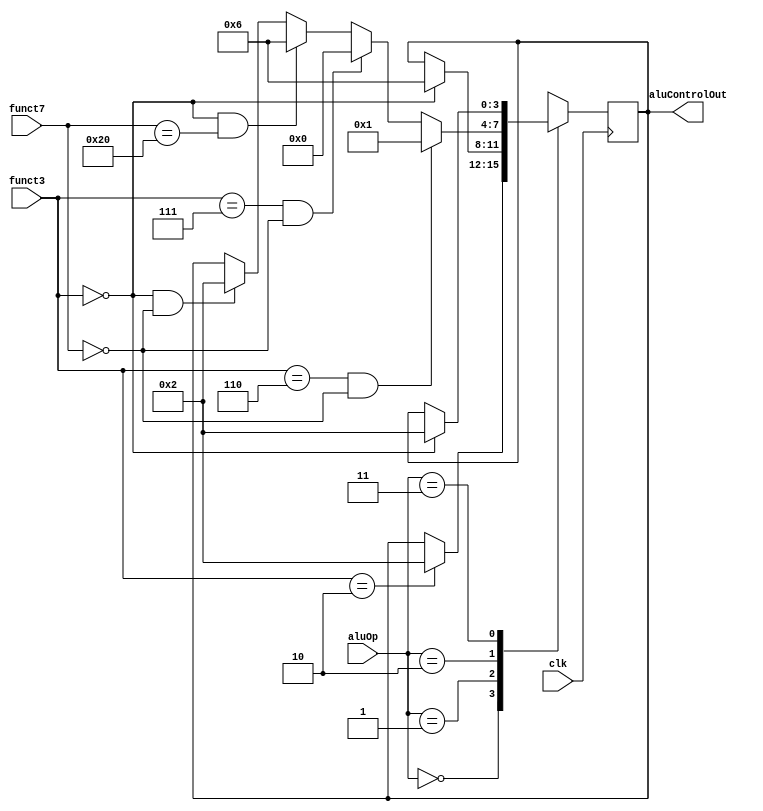
module aluControl(
    input wire clk,
    input wire [6:0] funct7,
    input wire [2:0] funct3,
    input wire [1:0] aluOp,
    output reg [3:0] aluControlOut
);
    always @(posedge clk) begin
        case (aluOp)
            2'b00: begin
                if (funct3 == 3'b010) begin
                    aluControlOut = 4'b0010;
                end
            end
            2'b01: begin
                if(funct3 == 3'b000) begin
                    aluControlOut = 4'b0110;
                end
            end
            2'b10: begin
                if (funct3 == 3'b000 && funct7 == 7'b0000000) begin
                    aluControlOut = 4'b0010;  // soma
                end
                if (funct3 == 3'b000 && funct7 == 7'b0100000) begin
                    aluControlOut = 4'b0110;  // subitrao
                end
                if (funct3 == 3'b111 && funct7 == 7'b0000000) begin
                    aluControlOut = 4'b0000;   // and
                end
                if (funct3 == 3'b110 && funct7 == 7'b0000000) begin
                    aluControlOut = 4'b0001;  // or
                end
            end
            2'b11: begin
                if (funct3 == 3'b000) begin
                    aluControlOut = 4'b0010; //soma 
                end
            end
        endcase
    end
endmodule